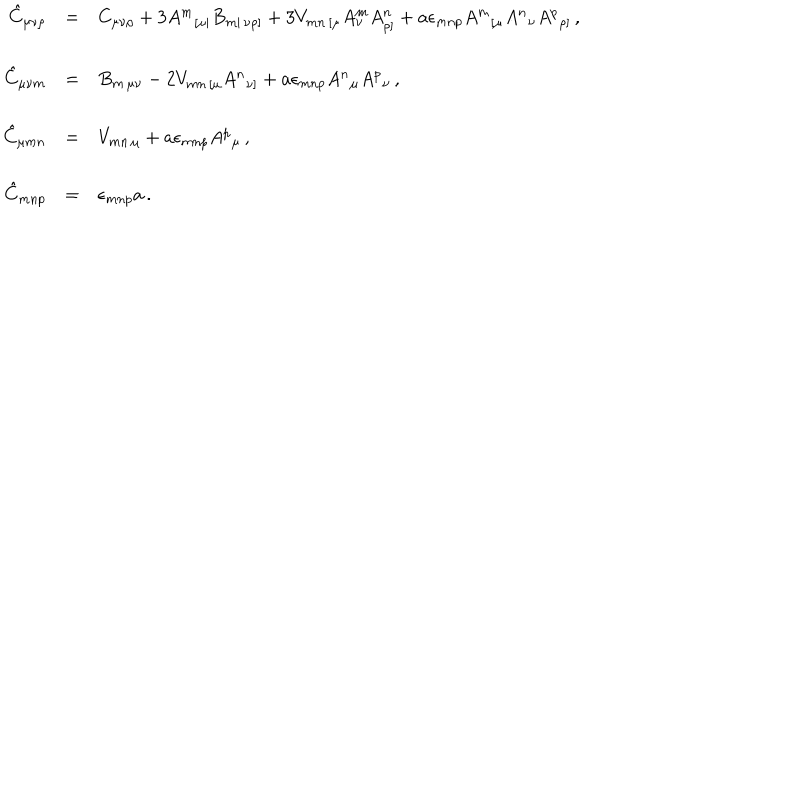
\begin{array} { r c l } { { \hat { C } _ { \mu \nu \rho } } } & { { = } } & { { C _ { \mu \nu \rho } + 3 A ^ { m } { } _ { [ \mu | } B _ { m | \, \nu \rho ] } + 3 V _ { m n \, [ \mu } A _ { \nu } ^ { m } A _ { \rho ] } ^ { n } + a \epsilon _ { m n p } A ^ { m } { } _ { [ \mu } A ^ { n } { } _ { \nu } A ^ { p } { } _ { \rho ] } \, , } } \\ { { } } & { { } } & { { } } \\ { { \hat { C } _ { \mu \nu m } } } & { { = } } & { { B _ { m \, \mu \nu } - 2 V _ { m n \, [ \mu } A ^ { n } { } _ { \nu ] } + a \epsilon _ { m n p } A ^ { n } { } _ { \mu } A ^ { p } { } _ { \nu } \, , } } \\ { { } } & { { } } & { { } } \\ { { \hat { C } _ { \mu m n } } } & { { = } } & { { V _ { m n \, \mu } + a \epsilon _ { m n p } A ^ { p } { } _ { \mu } \, , } } \\ { { } } & { { } } & { { } } \\ { { \hat { C } _ { m n p } } } & { { = } } & { { \epsilon _ { m n p } a \, . } } \\ \end{array}